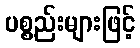
ပစ္စည်းများဖြင့်